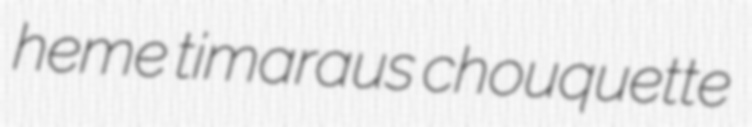
heme timaraus chouquette